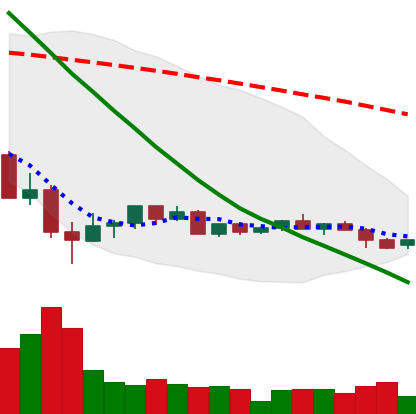
Ticker: LINK-USD
Chart end date: 2022-05-28
Forward return: 9.564%
Label: up_7plus